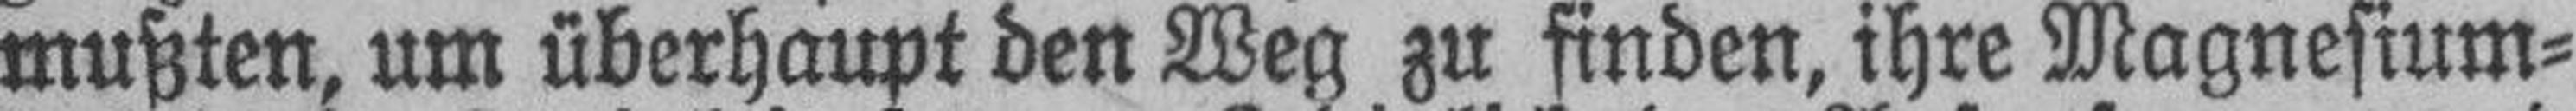
mußten, um überhaupt den Weg zu finden, ihre Magnesium¬